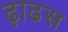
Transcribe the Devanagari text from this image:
ढ़ाढस